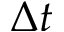
\Delta t